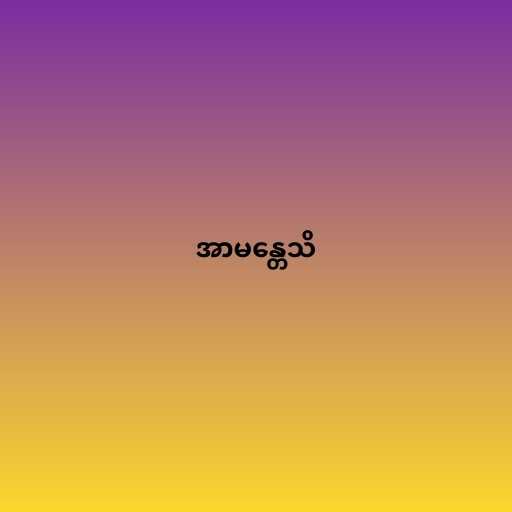
အာမန္တေသိ